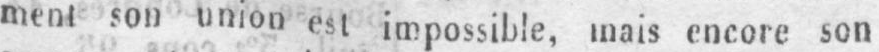
ment son union est impossible, mais encore son